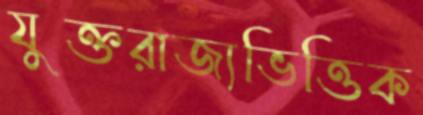
যুক্তরাজ্যভিত্তিক